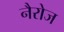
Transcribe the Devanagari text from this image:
नैरोज